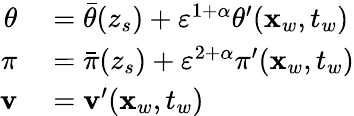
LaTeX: \begin{array}{rl}{\theta}&{{}=\bar{\theta}(z_{s})+{\varepsilon}^{1+\alpha}\theta^{\prime}(\mathbf{x}_{w},t_{w})}\\ {\pi}&{{}=\bar{\pi}(z_{s})+{\varepsilon}^{2+\alpha}\pi^{\prime}(\mathbf{x}_{w},t_{w})}\\ {\mathbf{v}}&{{}=\mathbf{v}^{\prime}(\mathbf{x}_{w},t_{w})}\end{array}